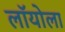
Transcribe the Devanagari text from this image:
लॉयोला